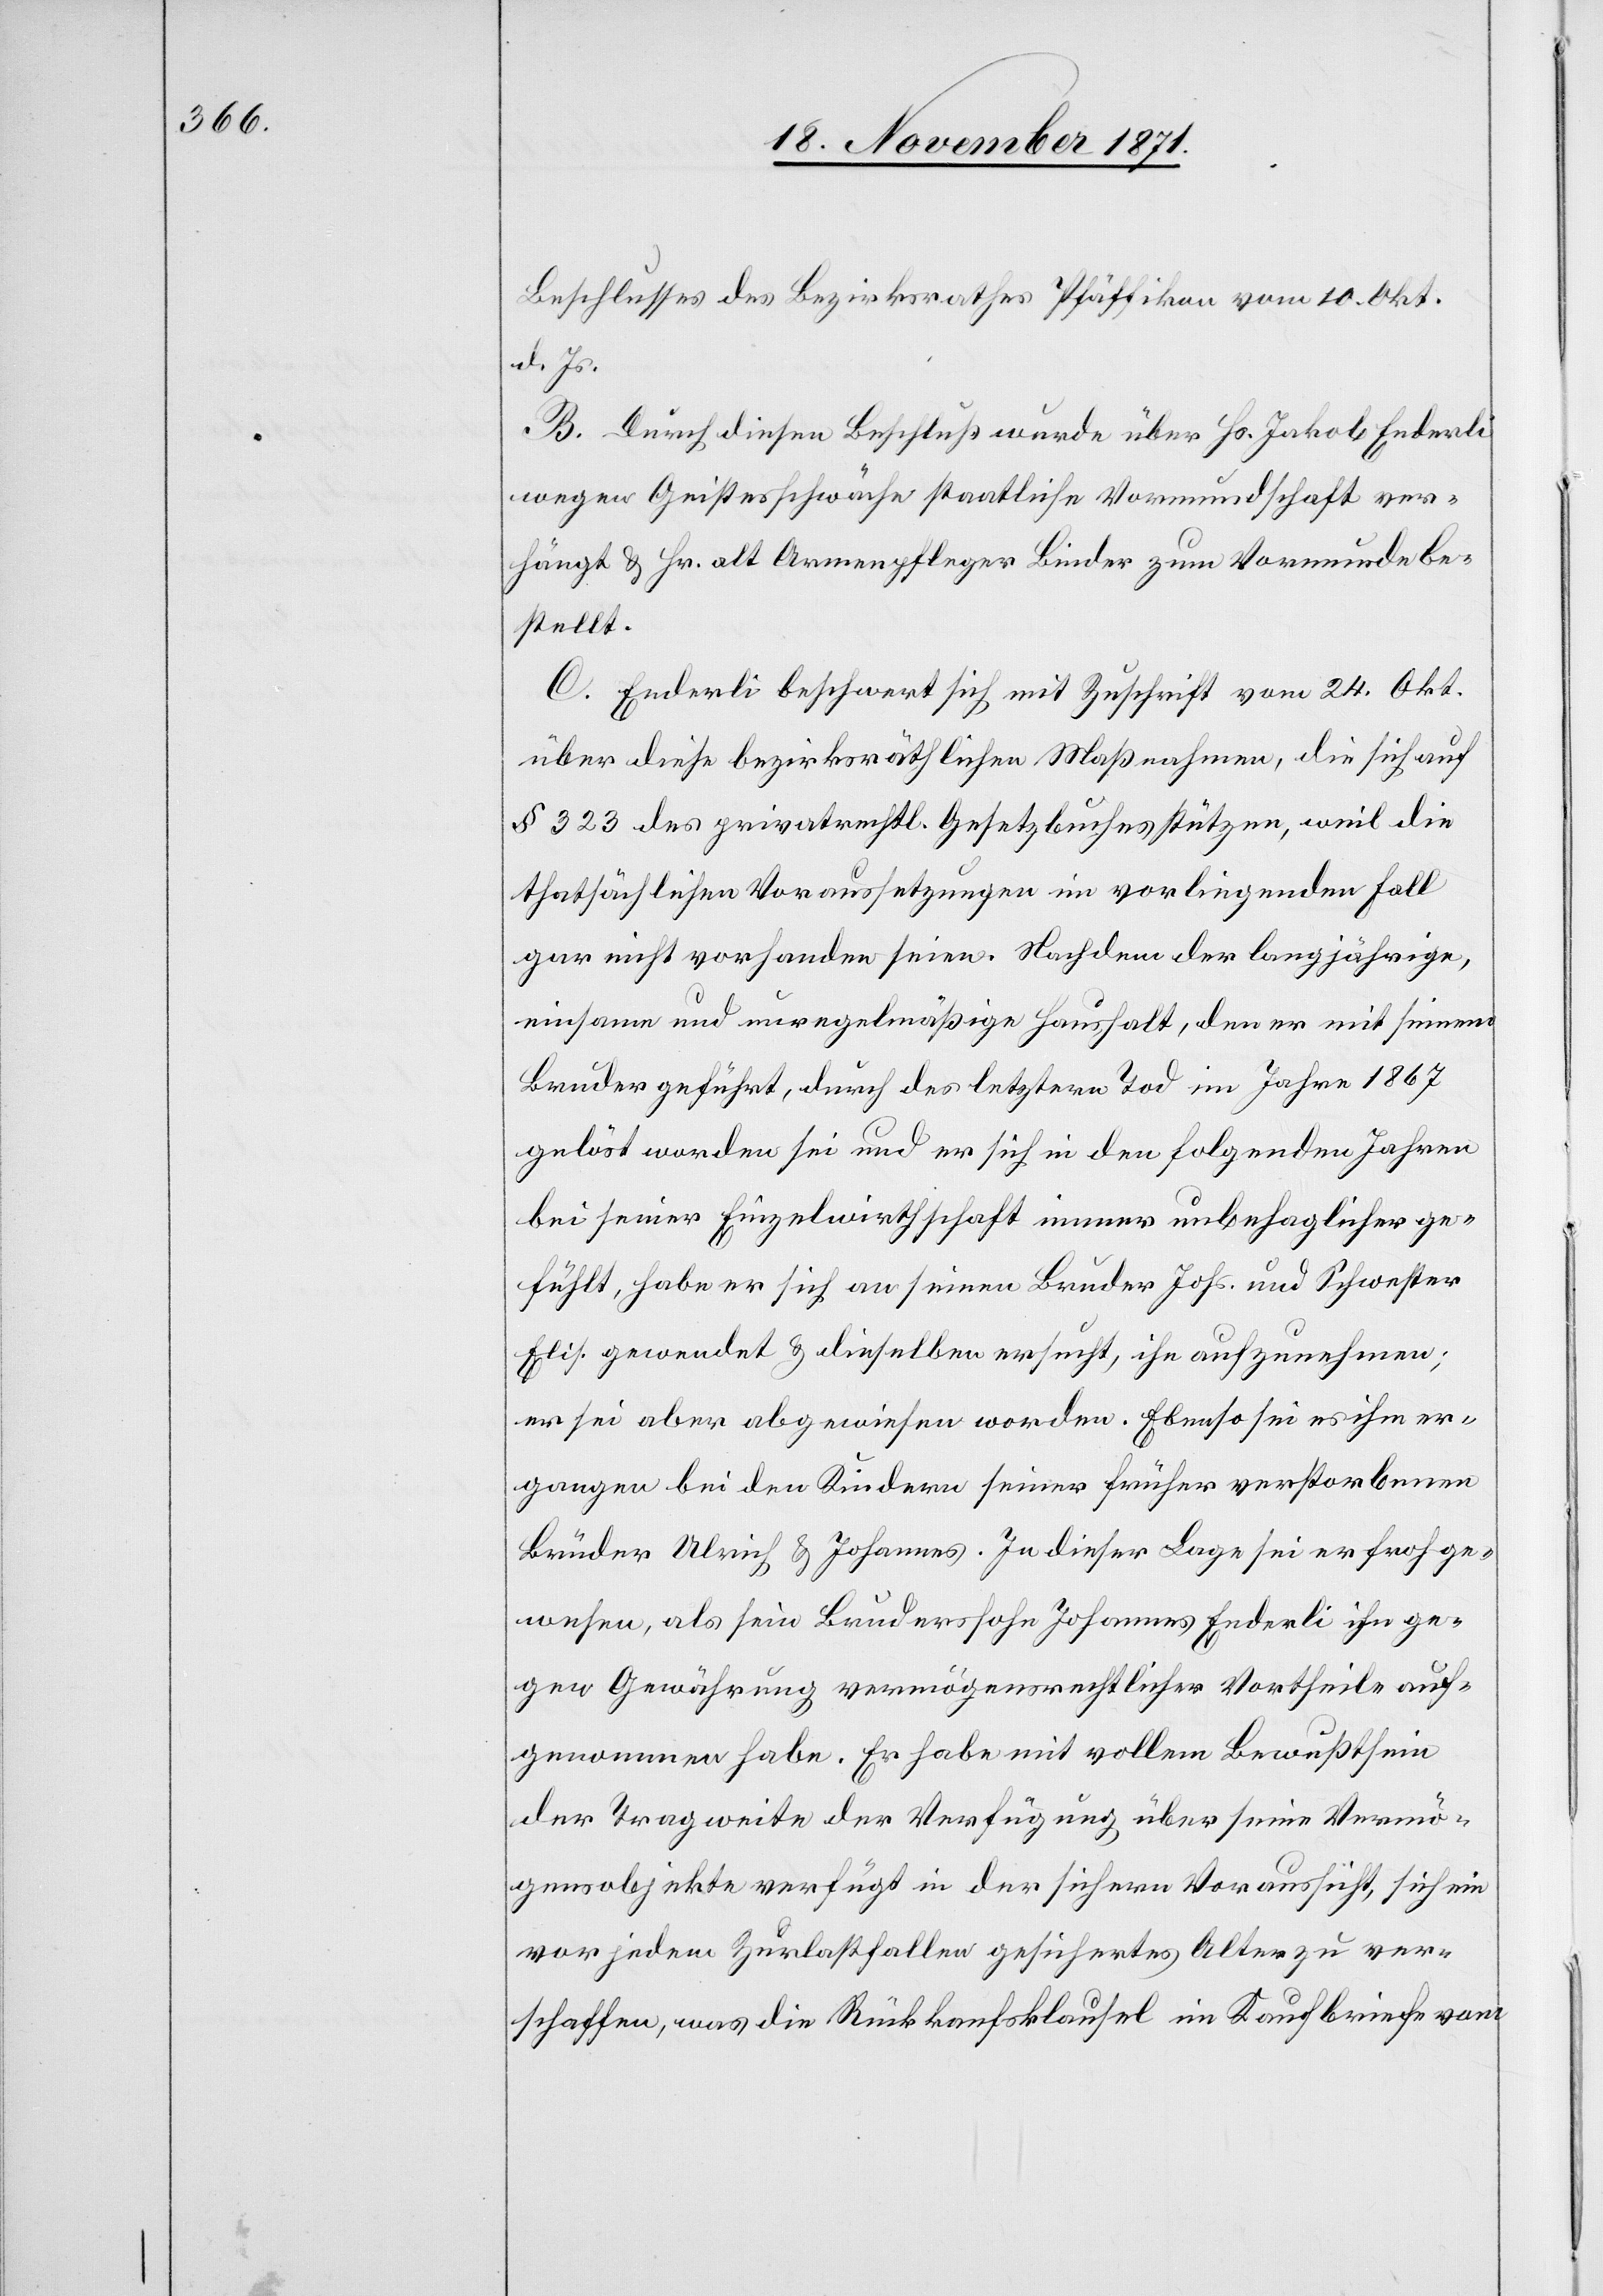
Beschlusses des Bezirksrathes Pfäffikon vom 10. Okt.
d. Js.
B. Durch diesen Beschluß wurde über Hr. Jakob Enderli
wegen Geistesschwäche staatliche Vormundschaft ver¬
hängt & Hr. alt Armenpfleger Binder zum Vormunde be¬
stellt.
C. Enderli beschwert sich mit Zuschrift vom 24. Okt.
über diese bezirksräthlichen Maßnahmen, die sich auf
§ 323 des privatrechtl. Gesetzbuches stützen, weil die
thatsächlichen Voraussetzungen in vorliegenden Fall
gar nicht vorhanden seien. Nachdem der langjährige,
einsame und unregelmäßige Haushalt, den er mit seinem
Bruder geführt, durch des letztern Tod im Jahre 1867
gelöst worden sei und er sich in den folgenden Jahren
bei seiner Einzelwirthschaft immer unbehaglicher ge¬
fühlt, habe er sich an seien Bruder Johs. und Schwester
Elis. gewendet & dieselben ersucht, ihn aufzunehmen;
er sei aber abgewiesen worden. Ebenso sei es ihm er¬
gangen bei den Kindern seiner früher verstorbenen
Brüder Ulrich & Johannes. In dieser Lage sei er froh ge¬
wesen, als sein Brudersohn Johannes Enderli ihn ge¬
gen Gewährung vermögensrechtlicher Vortheile auf¬
genommen habe. Er habe mit vollem Bewusstsein
der Tragweite der Verfügung über seine Vermö¬
gensobjekte verfügt in der sichern Voraussicht, sich ein
vor jeden Zurlastfallen gesichertes Alter zu ver¬
schaffen, was die Rückkaufsklausel im Kaufbriefe vom